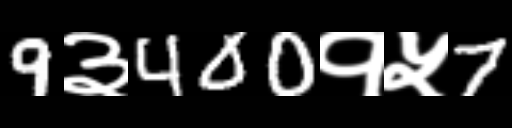
Text: 9३400१५7